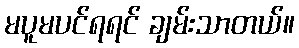
မပူမပင်ရရင် ချမ်းသာတယ်။